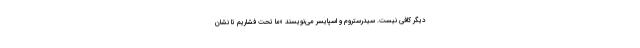
دیگر کافی نیست. سیدرستروم و اسپایسر می‌نویسند «ما تحت فشاریم تا نشان